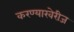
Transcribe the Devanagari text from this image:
करण्याखेरीज